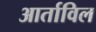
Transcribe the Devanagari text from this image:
आर्ताविल